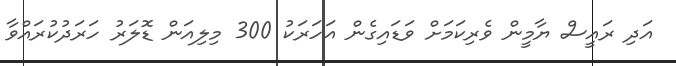
އަދި ރައީސް ޔާމީން ވެރިކަމަށް ވަޑައިގެން އަހަރަކު 300 މިލިއަން ޑޮލަރު ހަރަދުކުރައްވާ